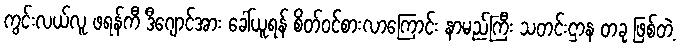
ကွင်းလယ်လူ ဖရန်ကီ ဒီဂျောင်အား ခေါ်ယူရန် စိတ်ဝင်စားလာကြောင်း နာမည်ကြီး သတင်းဌာန တခု ဖြစ်တဲ့